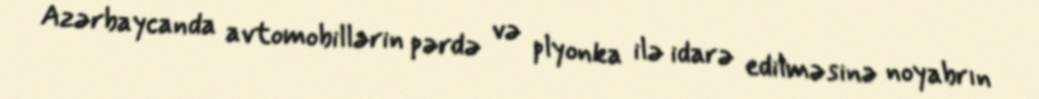
Azərbaycanda avtomobillərin pərdə və plyonka ilə idarə edilməsinə noyabrın